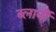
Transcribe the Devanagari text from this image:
ब्लार्नी